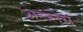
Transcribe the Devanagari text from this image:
अन्ज्लेस